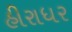
હીરાધર